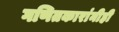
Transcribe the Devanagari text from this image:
गणितकारांनीही